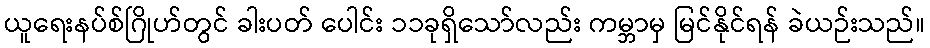
ယူရေးနပ်စ်ဂြိုဟ်တွင် ခါးပတ် ပေါင်း ၁၁ခုရှိသော်လည်း ကမ္ဘာမှ မြင်နိုင်ရန် ခဲယဉ်းသည်။